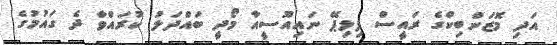
އަދި މޮޒަންބިކްގެ ރައީސް ފިލިޕޭ ނައިއޫސީއާ މޯދީ ބައްދަލު ކުރައްވާ ދެ ގައުމުގެ